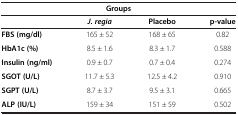
| <COLSPAN=4> Groups |
 |  | J. regia | Placebo | p-value |
 | --- | --- | --- | --- |
 | FBS (mg/dl) | 165 ± 52 | 168 ± 65 | 0.82 |
 | HbA1c (%) | 8.5 ± 1.6 | 8.3 ± 1.7 | 0.588 |
 | Insulin (ng/ml) | 0.9 ± 0.7 | 0.7 ± 0.4 | 0.274 |
 | SGOT (U/L) | 11.7 ± 5.3 | 12.5 ± 4.2 | 0.910 |
 | SGPT (U/L) | 8.7 ± 3.7 | 9.5 ± 3.1 | 0.665 |
 | ALP (IU/L) | 159 ± 34 | 151 ± 59 | 0.502 |